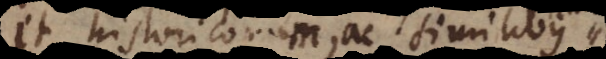
et historicorum, ac similibus